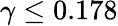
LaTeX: \gamma\le 0.178